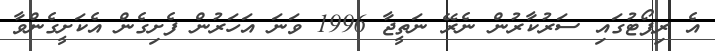
އެ ރިޕޯޓުގައި ސަރުކާރުން ނެރޭ ނަތީޖާ 1996 ވަނަ އަހަރުން ފެށިގެން އެކަށީގެންވާ